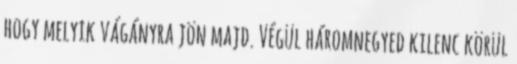
hogy melyik vágányra jön majd. Végül háromnegyed kilenc körül